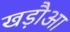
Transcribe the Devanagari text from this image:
खड़ौआ